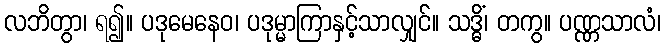
လဘိတွာ၊ ရ၍။ ပဒုမေနေဝ၊ ပဒုမ္မာကြာနှင့်သာလျှင်။ သဒ္ဓိံ၊ တကွ။ ပဏ္ဏသာလံ၊